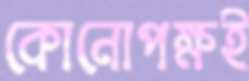
কোনোপক্ষই